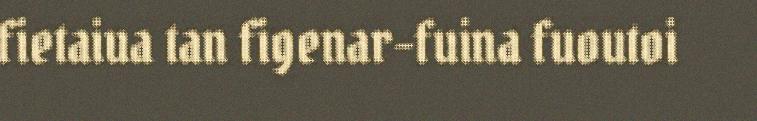
fietaiua tan figenar-fuina fuoutoi